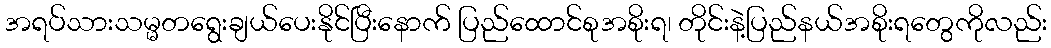
အရပ်သားသမ္မတရွေးချယ်ပေးနိုင်ပြီးနောက် ပြည်ထောင်စုအစိုးရ၊ တိုင်းနဲ့ပြည်နယ်အစိုးရတွေကိုလည်း